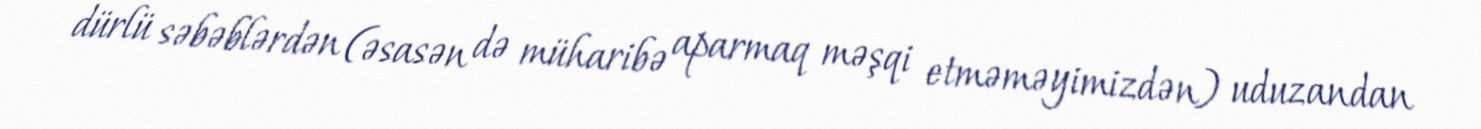
dürlü səbəblərdən (əsasən də müharibə aparmaq məşqi etməməyimizdən) uduzandan